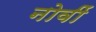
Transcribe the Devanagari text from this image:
नोवीं